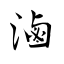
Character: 滷